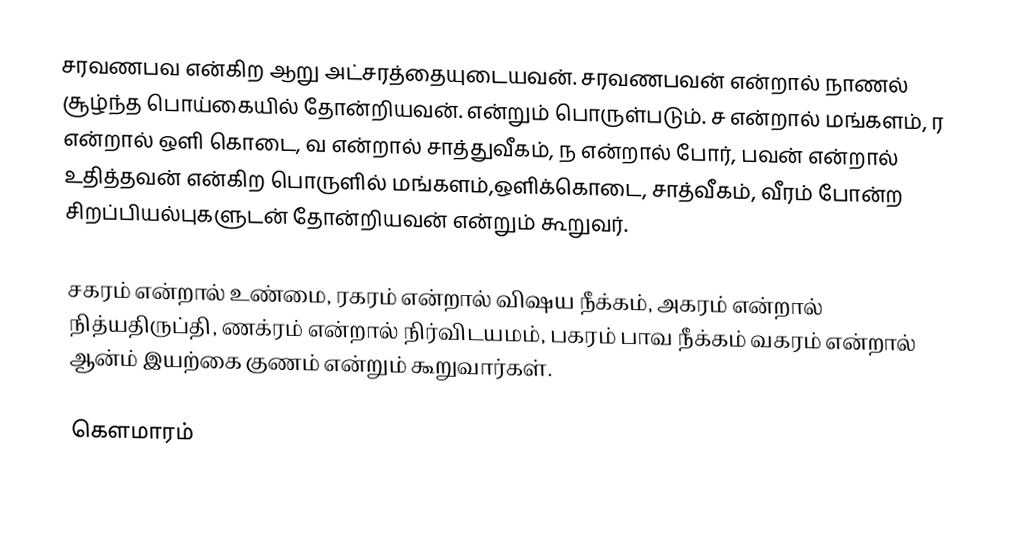
சரவணபவ என்கிற ஆறு அட்சரத்தையுடையவன். சரவணபவன் என்றால் நாணல் சூழ்ந்த பொய்கையில் தோன்றியவன். என்றும் பொருள்படும். ச என்றால் மங்களம், ர என்றால் ஒளி கொடை, வ என்றால் சாத்துவீகம், ந என்றால் போர், பவன் என்றால் உதித்தவன் என்கிற பொருளில் மங்களம்,ஒளிக்கொடை, சாத்வீகம், வீரம் போன்ற சிறப்பியல்புகளுடன் தோன்றியவன் என்றும் கூறுவர்.

சகரம் என்றால் உண்மை, ரகரம் என்றால் விஷய நீக்கம், அகரம் என்றால் நித்யதிருப்தி, ணக்ரம் என்றால் நிர்விடயமம், பகரம் பாவ நீக்கம் வகரம் என்றால் ஆன்ம் இயற்கை குணம் என்றும் கூறுவார்கள்.

கௌமாரம்